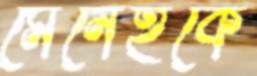
মেনেহকে